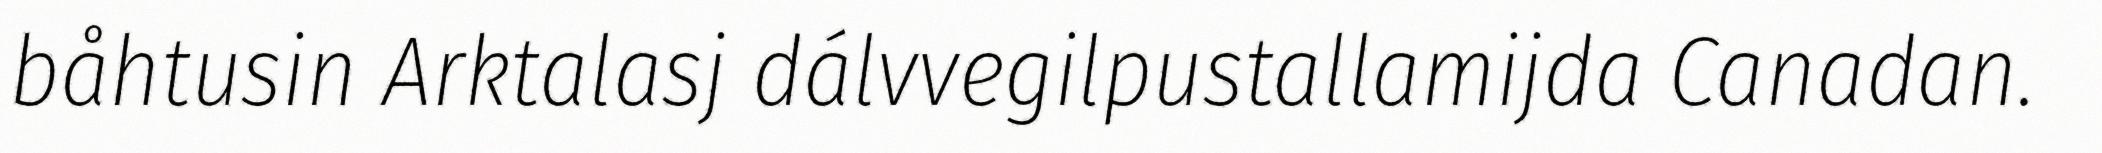
båhtusin Arktalasj dálvvegilpustallamijda Canadan.